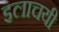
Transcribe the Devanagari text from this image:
इलाचयी